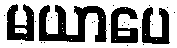
မယာပေ